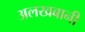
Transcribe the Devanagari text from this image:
अलखबानी